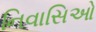
નિવાસિઓ